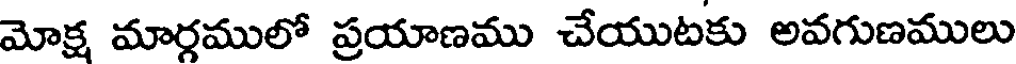
మోక్ష మార్గములో ప్రయాణము చేయుటకు అవగుణములు